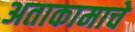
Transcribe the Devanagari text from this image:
अताकामाचे